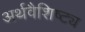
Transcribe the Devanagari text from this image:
अर्थवैशिष्ट्य